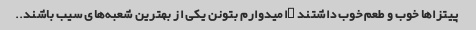
پیتزا‌ها خوب و طعم خوب داشتند …امیدوارم بتونن یکی از بهترین شعبه‌های سیب باشند..